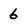
Character: 6